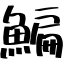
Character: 鯿